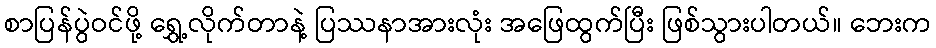
စာပြန်ပွဲဝင်ဖို့ ရွှေ့လိုက်တာနဲ့ ပြဿနာအားလုံး အဖြေထွက်ပြီး ဖြစ်သွားပါတယ်။ ဘေးက